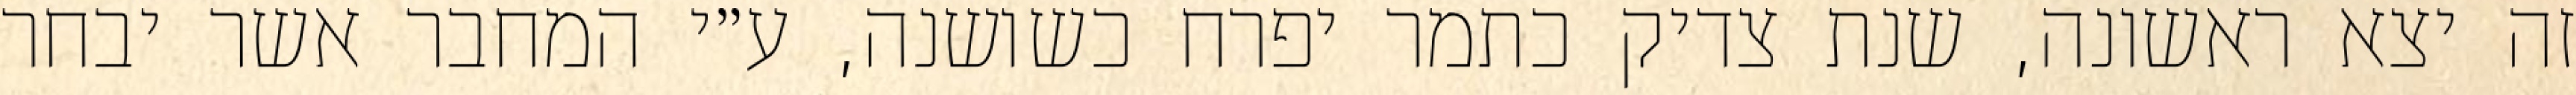
זה יצא ראשונה, שנת צדיק כתמר יפרח כשושנה, ע״י המחבר אשר יבחר